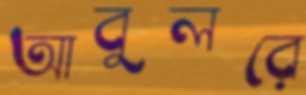
আবুলরে